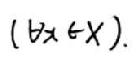
$(\exists x\in X).$